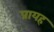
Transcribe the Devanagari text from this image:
प्रायह